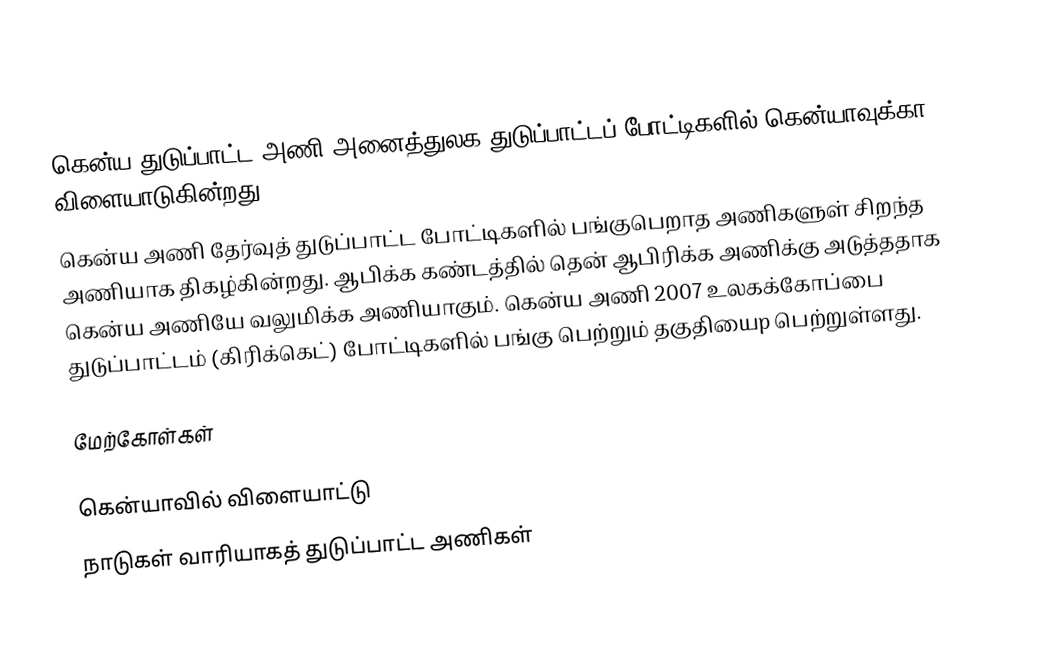
கென்ய துடுப்பாட்ட அணி அனைத்துலக துடுப்பாட்டப் போட்டிகளில் கென்யாவுக்கா விளையாடுகின்றது.
கென்ய அணி தேர்வுத் துடுப்பாட்ட போட்டிகளில் பங்குபெறாத அணிகளுள் சிறந்த அணியாக திகழ்கின்றது.  ஆபிக்க கண்டத்தில் தென் ஆபிரிக்க அணிக்கு அடுத்ததாக கென்ய அணியே வலுமிக்க அணியாகும்.  கென்ய அணி 2007 உலகக்கோப்பை துடுப்பாட்டம் (கிரிக்கெட்) போட்டிகளில் பங்கு பெற்றும் தகுதியைp பெற்றுள்ளது.

மேற்கோள்கள்

கென்யாவில் விளையாட்டு
நாடுகள் வாரியாகத் துடுப்பாட்ட அணிகள்